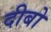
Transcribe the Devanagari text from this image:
दीबो